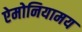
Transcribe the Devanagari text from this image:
ऐमोनियामय